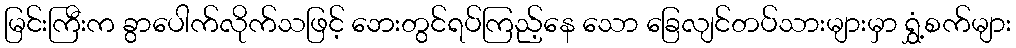
မြင်းကြီးက ခွာပေါက်လိုက်သဖြင့် ဘေးတွင်ရပ်ကြည့်နေ သော ခြေလျင်တပ်သားများမှာ ရွှံ့စက်များ